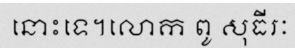
នោះទេ។លោក ពូ សុធីរៈ